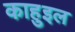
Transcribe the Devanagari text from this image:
काहुइल